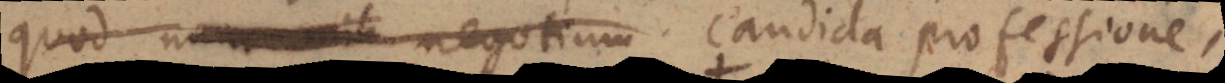
, negotium candida professione,